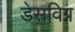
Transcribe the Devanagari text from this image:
डेसविग्न